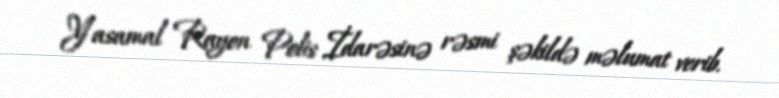
Yasamal Rayon Polis İdarəsinə rəsmi şəkildə məlumat verib.